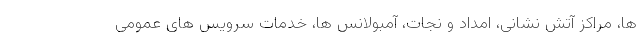
ها، مراکز آتش نشانی، امداد و نجات، آمبولانس ها، خدمات سرویس های عمومی